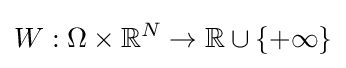
W:\Omega \times \mathbb {R} ^{N}\rightarrow \mathbb {R} \cup \left\{+\infty \right\}